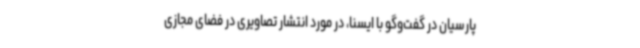
پارسیان در گفت‌وگو با ایسنا، در مورد انتشار تصاویری در فضای مجازی